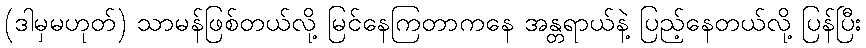
(ဒါမှမဟုတ်) သာမန်ဖြစ်တယ်လို့ မြင်နေကြတာကနေ အန္တရာယ်နဲ့ ပြည့်နေတယ်လို့ ပြန်ပြီး